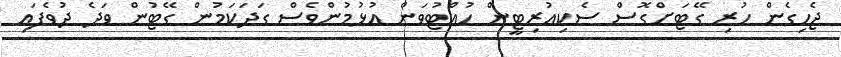
ޖެހިގެން ހުރި ގޭޓަށްގޮސް ސެކިއުރިޓީން ހުއްޓުވަން އުޅުމުންވެސް ގަދަކަމުން ގޭޓުން ވަދެ ދުވެފައި